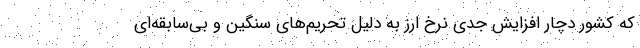
که کشور دچار افزایش جدی نرخ ارز به دلیل تحریم‌های سنگین و بی‌سابقه‌ای